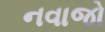
નવાજો